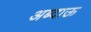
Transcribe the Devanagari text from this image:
अब्दाऊ